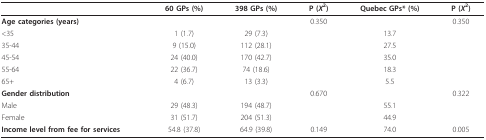
<table><thead><tr><td></td><td><b>60 GPs (%)</b></td><td><b>398 GPs (%)</b></td><td><b>P (<i>X</i><sup>2</sup>)</b></td><td><b>Quebec GPs* (%)</b></td><td><b>P (<i>X</i><sup>2</sup>)</b></td></tr></thead><tbody><tr><td><b>Age categories (years)</b></td><td></td><td></td><td>0.350</td><td></td><td>0.350</td></tr><tr><td>&lt;35</td><td>1 (1.7)</td><td>29 (7.3)</td><td></td><td>13.7</td><td></td></tr><tr><td>35-44</td><td>9 (15.0)</td><td>112 (28.1)</td><td></td><td>27.5</td><td></td></tr><tr><td>45-54</td><td>24 (40.0)</td><td>170 (42.7)</td><td></td><td>35.0</td><td></td></tr><tr><td>55-64</td><td>22 (36.7)</td><td>74 (18.6)</td><td></td><td>18.3</td><td></td></tr><tr><td>65+</td><td>4 (6.7)</td><td>13 (3.3)</td><td></td><td>5.5</td><td></td></tr><tr><td><b>Gender distribution</b></td><td></td><td></td><td>0.670</td><td></td><td>0.322</td></tr><tr><td>Male</td><td>29 (48.3)</td><td>194 (48.7)</td><td></td><td>55.1</td><td></td></tr><tr><td>Female</td><td>31 (51.7)</td><td>204 (51.3)</td><td></td><td>44.9</td><td></td></tr><tr><td><b>Income level from fee for services</b></td><td>54.8 (37.8)</td><td>64.9 (39.8)</td><td>0.149</td><td>74.0</td><td>0.005</td></tr></tbody></table>